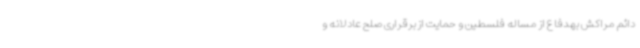
دائم مراکش بهدفاع از مساله فلسطین و حمایت از برقراری صلح عادلانه و